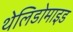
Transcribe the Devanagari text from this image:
थेलिडोमाइड